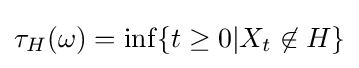
\tau _{H}(\omega )=\inf\{t\geq 0|X_{t}\not \in H\}